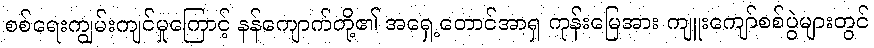
စစ်ရေးကျွမ်းကျင်မှုကြောင့် နန်ကျောက်တို့၏ အရှေ့တောင်အာရှ ကုန်းမြေအား ကျူးကျော်စစ်ပွဲများတွင်